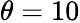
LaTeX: \theta=10